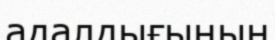
адалдығының